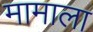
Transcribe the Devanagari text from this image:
मामाला